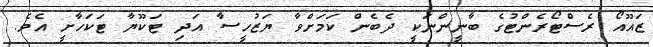
ޒައޫއޯ ރެސްޓޯރެންޓުގެ ބާނީންނަކީ ދެބެން ކަމަށްވާ ޔަޒުހީސާ އަދި ޓަކޫޔާ ޓަކަހާށީ އެވެ.